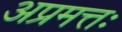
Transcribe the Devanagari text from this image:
अप्रमत्तः